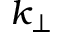
k _ { \perp }